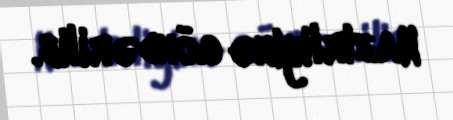
Nazirliyinə göndərilib.